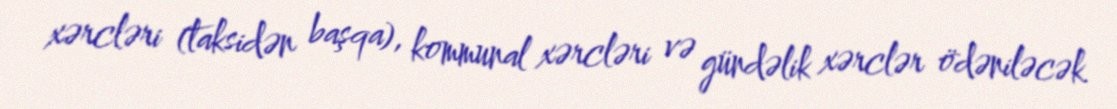
xərcləri (taksidən başqa), kommunal xərcləri və gündəlik xərclər ödəniləcək.